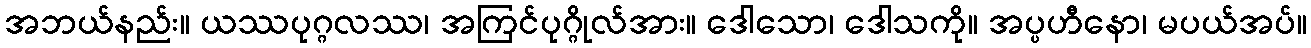
အဘယ်နည်း။ ယဿပုဂ္ဂလဿ၊ အကြင်ပုဂ္ဂိုလ်အား။ ဒေါသော၊ ဒေါသကို။ အပ္ပဟီနော၊ မပယ်အပ်။